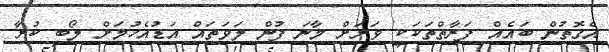
އެގޮތުން ބައެއް ފަރާތްތަކަކީ ވަރަށް މާނަ ފުން ލަވަތައް އަޑުއެހުމަށް ލޯބި ކުރާ